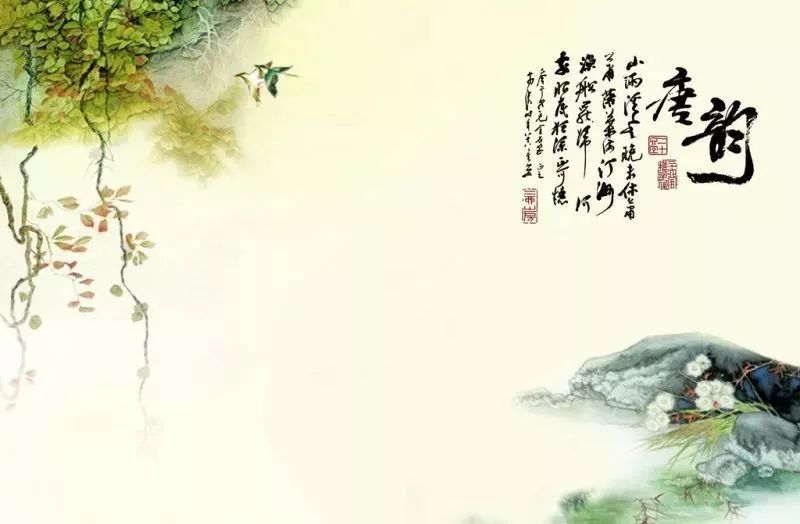
书卷多情似故人，晨昏忧乐每相亲。